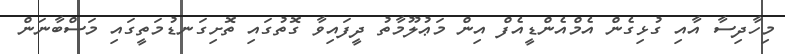
މިހާދިސާ އާއި ގުޅިގެން އެމްއެންޑީއެފް އިން މަޢުލޫމާތު ދީފައިވާ ގޮތުގައި ތޮށިގަނޑުމަތީގައި މަސްބާނަން